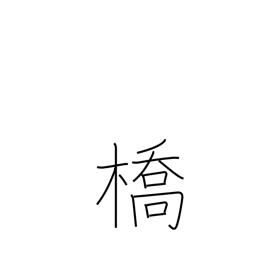
Meaning: bridge